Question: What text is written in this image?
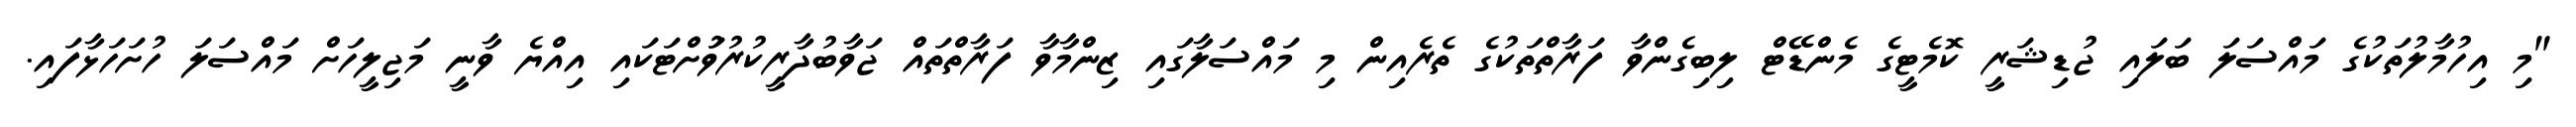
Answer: "މި އިހުމާލުތަކުގެ މައްސަލަ ބަލައި ޖުޑިޝަރީ ކޮމެޓީގެ މެންޑޭޓް ލިބިގެންވާ ފަރާތްތަކުގެ ތެރެއިން މި މައްސަލާގައި ޒިންމާވާ ފަރާތްތައް ޖަވާބުދާރީކުރުވުަށްޓަކައި އިއްޔެ ވާނީ މަޖިލީހަށް މައްސަލަ ހުށަހަޅާފައި.